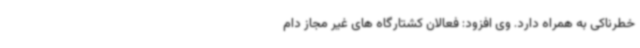
خطرناکی به همراه دارد. وی افزود: فعالان کشتارگاه های غیر مجاز دام